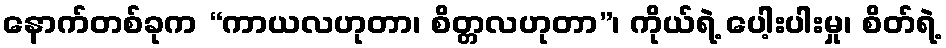
နောက်တစ်ခုက “ကာယလဟုတာ၊ စိတ္တလဟုတာ”၊ ကိုယ်ရဲ့ ပေါ့းပါးမှု၊ စိတ်ရဲ့